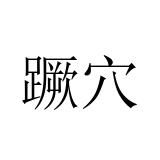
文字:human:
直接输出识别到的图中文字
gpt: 蹶穴